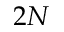
2 N